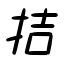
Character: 拮